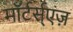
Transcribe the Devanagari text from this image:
माॅर्टर्स्एज़